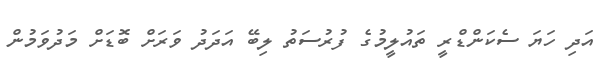
އަދި ހަޔަ ސެކަންޑްރީ ތައުލީމުގެ ފުރުސަތު ލިބޭ އަދަދު ވަރަށް ބޮޑަށް މަދުވަމުން